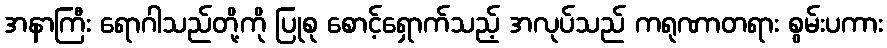
အနာကြီး ရောဂါသည်တို့ကို ပြုစု စောင့်ရှောက်သည့် အလုပ်သည် ကရုဏာတရား စွမ်းပကား